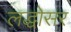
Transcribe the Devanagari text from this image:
लद्धोसर